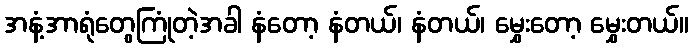
အနံ့အာရုံတွေကြုံတဲ့အခါ နံတော့ နံတယ်၊ နံတယ်၊ မွှေးတော့ မွှေးတယ်။